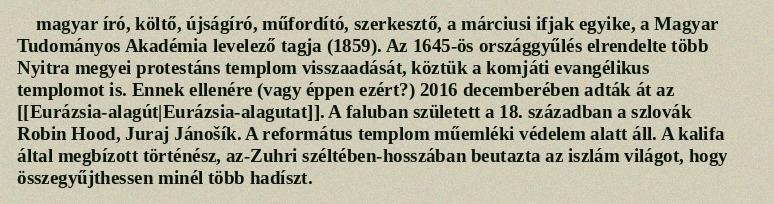
magyar író, költő, újságíró, műfordító, szerkesztő, a márciusi ifjak egyike, a Magyar Tudományos Akadémia levelező tagja (1859). Az 1645-ös országgyűlés elrendelte több Nyitra megyei protestáns templom visszaadását, köztük a komjáti evangélikus templomot is. Ennek ellenére (vagy éppen ezért?) 2016 decemberében adták át az [[Eurázsia-alagút|Eurázsia-alagutat]]. A faluban született a 18. században a szlovák Robin Hood, Juraj Jánošík. A református templom műemléki védelem alatt áll. A kalifa által megbízott történész, az-Zuhri széltében-hosszában beutazta az iszlám világot, hogy összegyűjthessen minél több hadíszt.